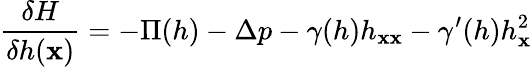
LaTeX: \frac{\delta H}{\delta h({\mathbf x})}=-\Pi(h)-\Delta p-\gamma(h)h_{{\mathbf x}{\mathbf x}}-\gamma^{\prime}(h)h_{{\mathbf x}}^{2}